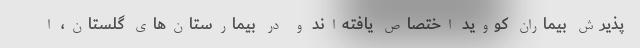
پذیرش بیماران کووید اختصاص یافته‌اند و در بیمارستان‌های گلستان، ا